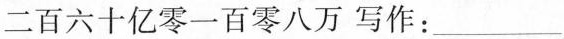
二百六十亿零一百零八万写作：___